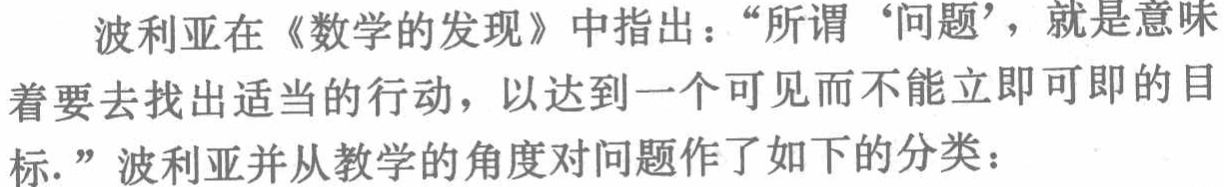
波利亚在《数学的发现》中指出：“所谓‘问题’，就是意味着要去找出适当的行动，以达到一个可见而不能立即可即的目标.” 波利亚并从教学的角度对问题作了如下的分类：